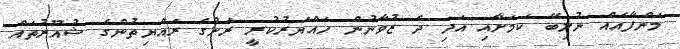
މަންފާއެއް ނުލިބޭ ކަމަށާއި އަދި ދެ ޒުވާނުން ހައްޔަރުކުރީ ރަށުގެ ރައްޔިތުންގެ ޝުއޫރުތައް